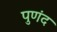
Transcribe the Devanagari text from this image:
पुणंद